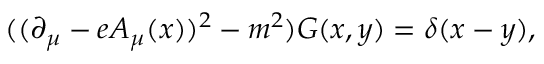
( ( \partial _ { \mu } - e A _ { \mu } ( x ) ) ^ { 2 } - m ^ { 2 } ) G ( x , y ) = \delta ( x - y ) ,